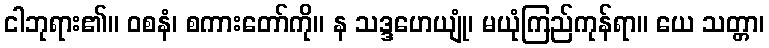
ငါဘုရား၏။ ဝစနံ၊ စကားတော်ကို။ န သဒ္ဒဟေယျုံ၊ မယုံကြည်ကုန်ရာ။ ယေ သတ္တာ၊